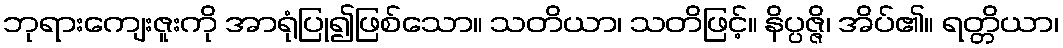
ဘုရားကျေးဇူးကို အာရုံပြု၍ဖြစ်သော။ သတိယာ၊ သတိဖြင့်။ နိပ္ပဇ္ဇိ၊ အိပ်၏။ ရတ္တိယာ၊